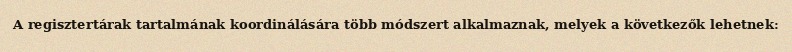
A regisztertárak tartalmának koordinálására több módszert alkalmaznak, melyek a következők lehetnek: